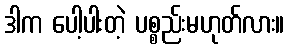
ဒါက ပေါ့ပါးတဲ့ ပစ္စည်းမဟုတ်လား။